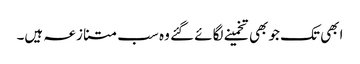
ابھی تک جو بھی تخمینے لگائے گئے وہ سب متنازعہ ہیں۔